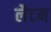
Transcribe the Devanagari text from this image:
लैटम